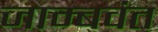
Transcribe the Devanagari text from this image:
जाम्बवंत